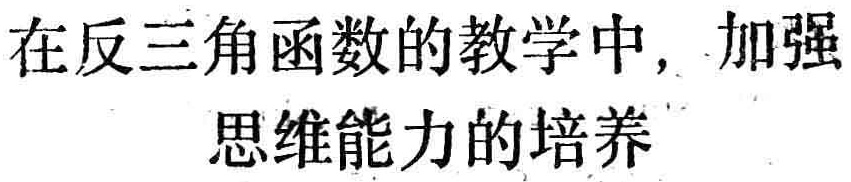
在反三角函数的教学中，加强\\思维能力的培养